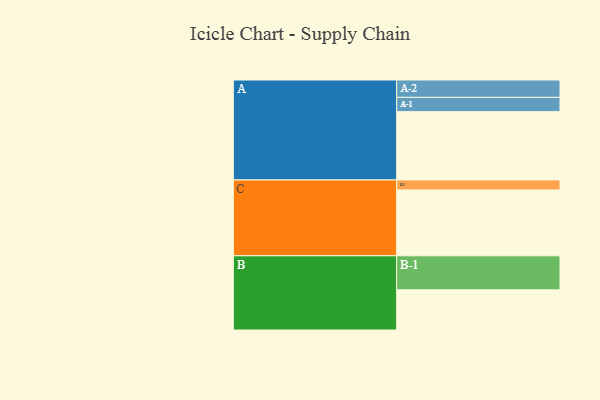
{"axis": {"x": "Segment", "y": "Value"}, "legend": ["", "A", "B", "C"], "data": [{"x": "A", "y": 583, "type": ""}, {"x": "B", "y": 343, "type": ""}, {"x": "C", "y": 562, "type": ""}, {"x": "A-1", "y": 122, "type": "A"}, {"x": "A-2", "y": 148, "type": "A"}, {"x": "B-1", "y": 290, "type": "B"}, {"x": "C-1", "y": 85, "type": "C"}]}